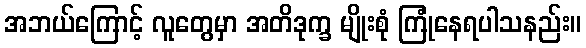
အဘယ်ကြောင့် လူတွေမှာ အတိဒုက္ခ မျိုးစုံ ကြုံနေရပါသနည်း။